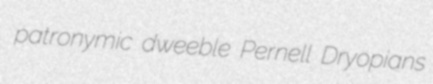
patronymic dweeble Pernell Dryopians